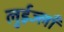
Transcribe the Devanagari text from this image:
लुईज्लाँ